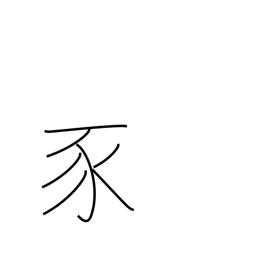
Meaning: pig radical (no. 152)